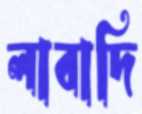
লাবাদি